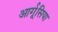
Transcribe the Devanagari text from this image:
आर्गूसिया